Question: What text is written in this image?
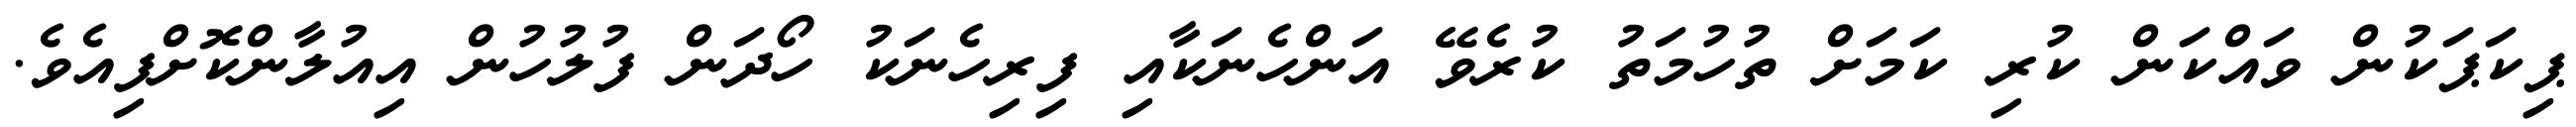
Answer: ޕިކަޕަކުން ވައްކަން ކުރި ކަމަށް ތުހުމަތު ކުރެވޭ އަންހެނަކާއި ފިރިހެނަކު ހޯދަން ފުލުހުން އިއުލާންކޮށްފިއެވެ.